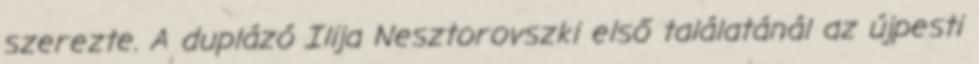
szerezte. A duplázó Ilija Nesztorovszki első találatánál az újpesti